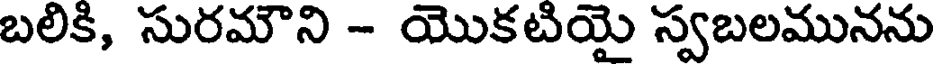
బలికి, సురమౌని - యొకటియై స్వబలమునను